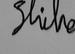
Signature authenticity: genuine